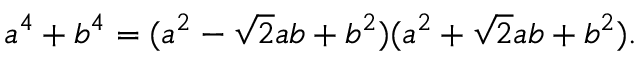
a ^ { 4 } + b ^ { 4 } = ( a ^ { 2 } - { \sqrt { 2 } } a b + b ^ { 2 } ) ( a ^ { 2 } + { \sqrt { 2 } } a b + b ^ { 2 } ) .